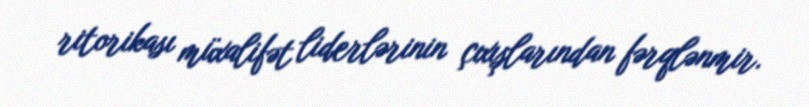
ritorikası müxalifət liderlərinin çıxışlarından fərqlənmir.